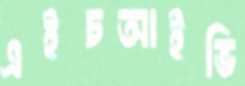
এইচআইভি